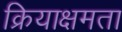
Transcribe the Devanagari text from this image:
क्रियाक्षमता